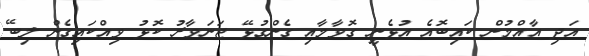
އަދި އާއްމުން ކައިބޮއެ އުޅެނީ ގޮވާމާއި ގެންގުޅޭ ޖަނަވާރު ކޮޅު ވިއްކައިގެން ލިބޭ